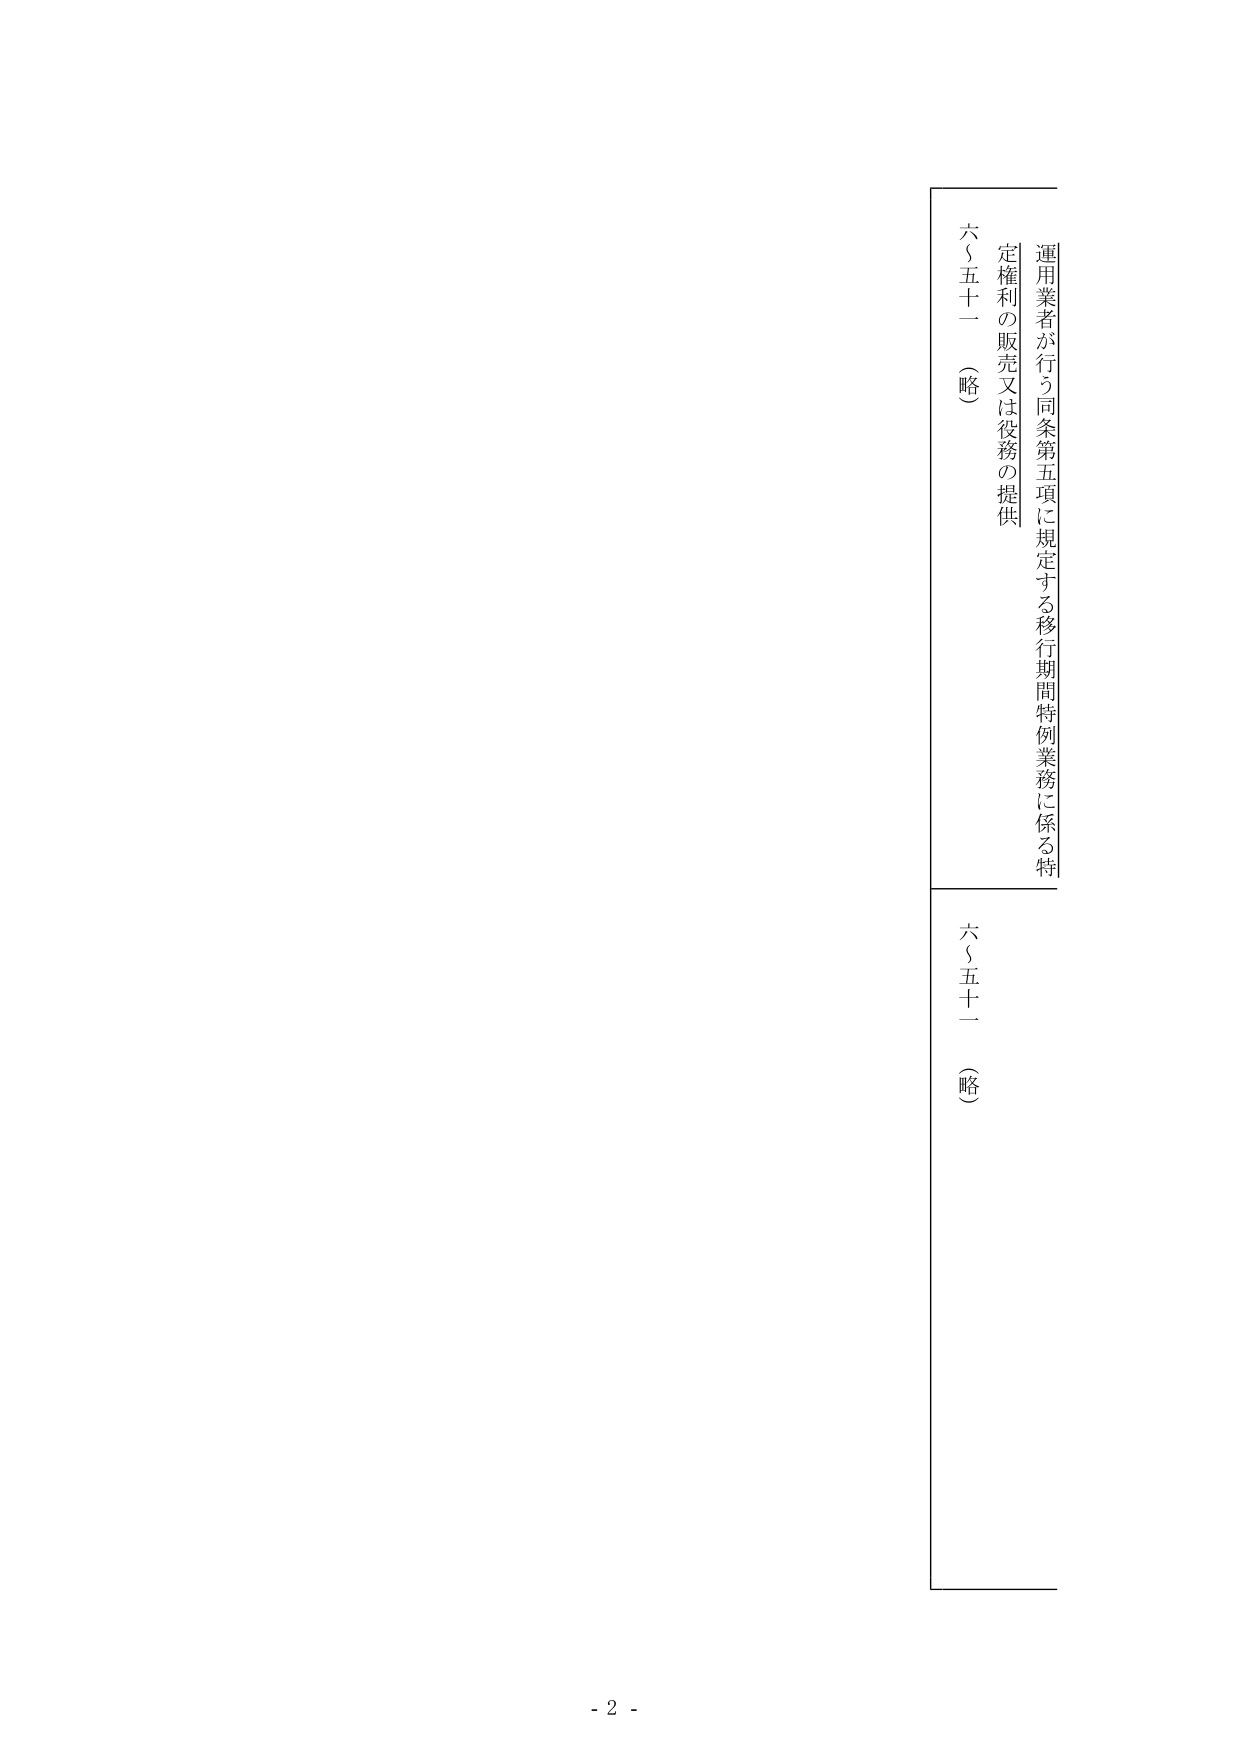
運用業者が行う同条第五項に規定する移行期間特例業務に係る特
定権利の販売又は役務の提供
六〇五十一（略）
六〇五十一（略）
- 2 -